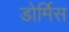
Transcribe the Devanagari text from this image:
डोर्मिस